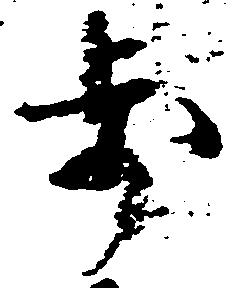
歩